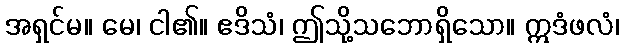
အရှင်မ။ မေ၊ ငါ၏။ ဧဒိသံ၊ ဤသို့သဘောရှိသော။ ဣဒံဖလံ၊